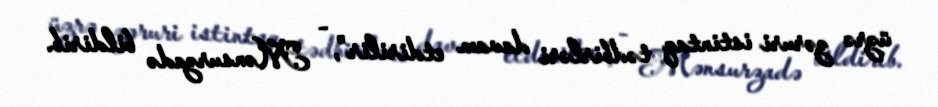
üzrə zəruri istintaq tədbirləri davam etdirilir”, - Mənsurzadə bildirib.